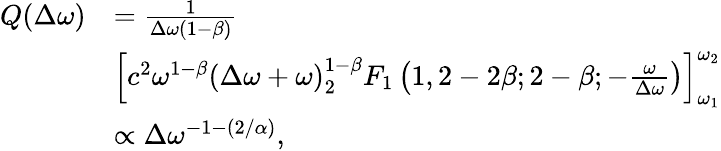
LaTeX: \begin{array}{rl}{Q(\Delta\omega)}&{=\frac{1}{\Delta\omega\left(1-\beta\right)}}\\ &{\left[c^{2}\omega^{1-\beta}(\Delta\omega+\omega)^{1-\beta}_{2}F_{1}\left(1,2-2\beta;2-\beta;-\frac{\omega}{\Delta\omega}\right)\right]_{\omega_{1}}^{\omega_{2}}}\\ &{\propto\Delta\omega^{-1-\left(2/\alpha\right)},}\end{array}